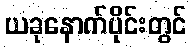
ယခုနောက်ပိုင်းတွင်